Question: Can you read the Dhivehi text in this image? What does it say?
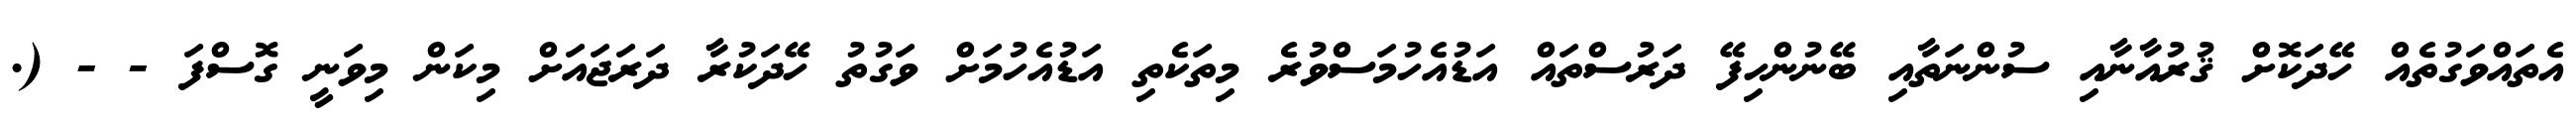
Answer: އެތައްވަގުތެއް ހޭދަކޮށް ޤުރުއާނާއި ސުންނަތާއި ބޭނުންހިފޭ ދަރުސްތައް އަޑުއެހުމަސްވުރެ މިތަކެތި އަޑުއެހުމަށް ވަގުތު ހޭދަކުރާ ދަރަޖައަށް މިކަން މިވަނީ ގޮސްފަ - - (.